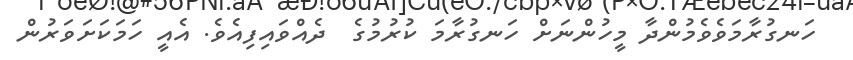
ހަނގުރާމަވެވެމުންދާ މީހުންނަށް ހަނގުރާމަ ކުރުމުގެ  ދެއްވައިފިއެވެ. އެއީ ހަމަކަށަވަރުން